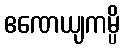
ဧဏေယျကမ္ပိ